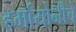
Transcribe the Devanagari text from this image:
हर्मायोनीचे